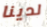
لدينا